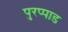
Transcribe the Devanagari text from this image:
पुरप्पाड